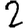
Digit: 2